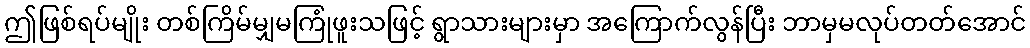
ဤဖြစ်ရပ်မျိုး တစ်ကြိမ်မျှမကြုံဖူးသဖြင့် ရွာသားများမှာ အကြောက်လွန်ပြီး ဘာမှမလုပ်တတ်အောင်